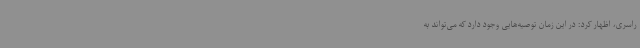
راسری، اظهار کرد: در این زمان توصیه‌هایی وجود دارد که می‌تواند به